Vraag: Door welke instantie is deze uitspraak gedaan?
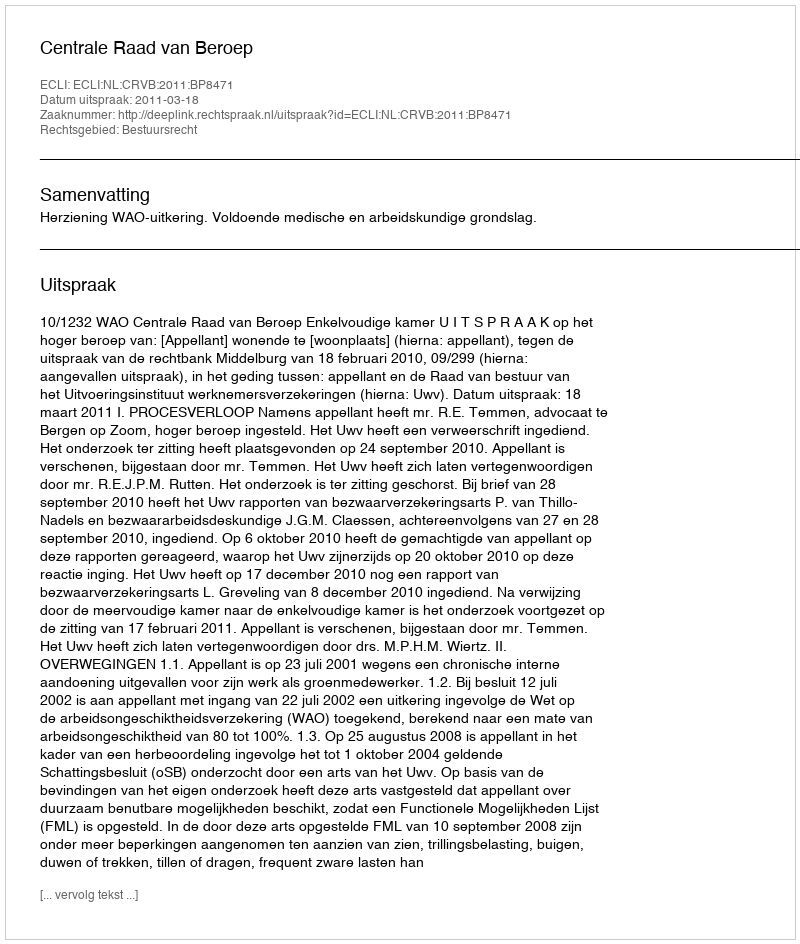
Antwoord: Centrale Raad van Beroep